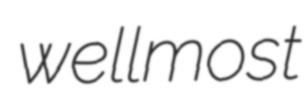
wellmost